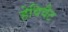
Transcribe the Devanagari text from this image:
हेविवैट